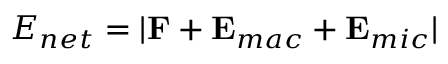
E _ { n e t } = | { \bf { F } } + { \bf { E } } _ { m a c } + { \bf { E } } _ { m i c } |